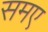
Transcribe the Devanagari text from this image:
समए